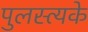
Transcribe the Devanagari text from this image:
पुलस्त्यके